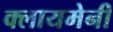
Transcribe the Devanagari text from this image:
क्लायमेनी